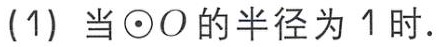
(1) 当$\odot O$的半径为$1$时.